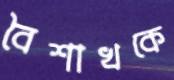
বৈশাখকে